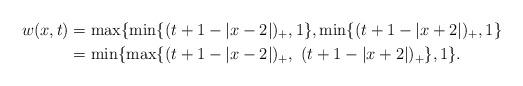
LaTeX: \begin{align*}w(x,t) &= \max\{ \min\{(t+1-|x- 2|)_+,1\},\min\{(t+1-|x+ 2|)_+,1\}\\&= \min\{ \max\{ (t+1-|x-2|)_+, \ (t+1-|x+2|)_+ \}, 1 \} .\end{align*}